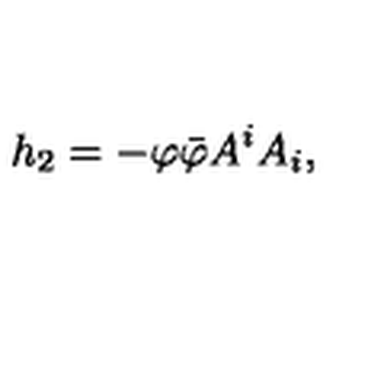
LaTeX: h _ { 2 } = - \varphi \bar { \varphi } A ^ { i } A _ { i } ,